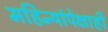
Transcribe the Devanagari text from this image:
महिन्यांपेक्षाही